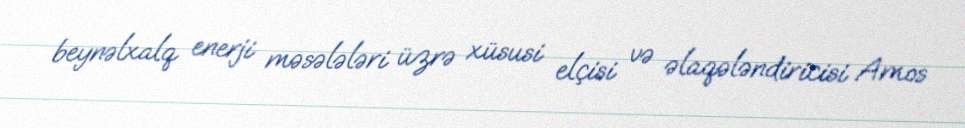
beynəlxalq enerji məsələləri üzrə xüsusi elçisi və əlaqələndiricisi Amos